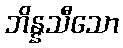
ဘိန္နသီသော